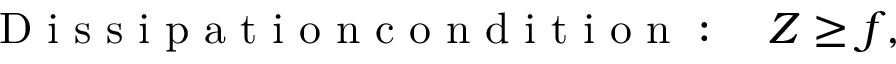
\mathrm { ~ D ~ i ~ s ~ s ~ i ~ p ~ a ~ t ~ i ~ o ~ n ~ c ~ o ~ n ~ d ~ i ~ t ~ i ~ o ~ n ~ : ~ } \quad Z \geq f ,